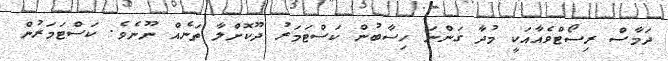
ދަމާސް ރިސޯޓްވެއާއަކީ މުދާ ގަންނަ ހިސާބުން ކަސްޓަމަރު ދޫކޮށްލާ ތަނެއް ނޫނެވެ. ކަސްޓަމަރުން